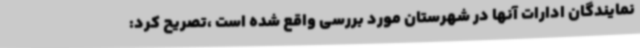
نمایندگان ادارات آنها در شهرستان مورد بررسی واقع شده است ،تصریح کرد: